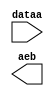
module lpm_compare0634634 (
	dataa,
	aeb);

	input	[19:0]  dataa;
	output	  aeb;

endmodule